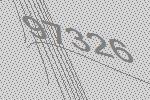
97326